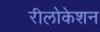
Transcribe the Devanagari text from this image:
रीलोकेशन